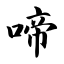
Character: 啼